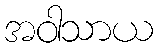
အဝါသာယ